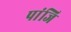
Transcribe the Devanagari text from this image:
पांजि